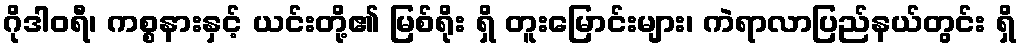
ဂိုဒါဝရီ၊ ကစ္စနားနှင့် ယင်းတို့၏ မြစ်ရိုး ရှိ တူးမြောင်းများ၊ ကဲရာလာပြည်နယ်တွင်း ရှိ